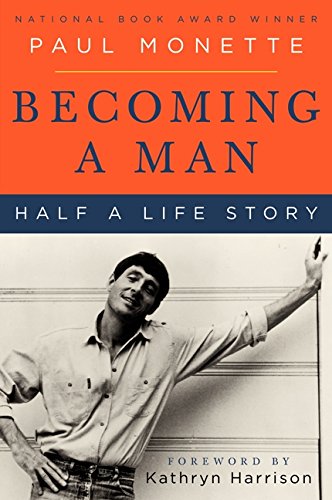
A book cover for Becoming a Man: Half a Life Story (Perennial Classics); Paul Monette; Gay & Lesbian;